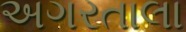
અગરતાલા